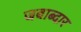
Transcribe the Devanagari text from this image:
जबाब्दार